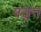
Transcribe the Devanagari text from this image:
पढ़न